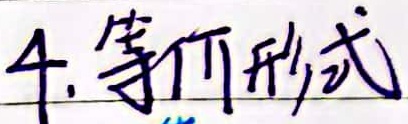
等价形式